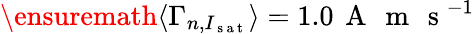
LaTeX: \ensuremath{\langle\Gamma_{n,I_{\mathrm{~s~a~t~}}}\rangle}=1.0\, \mathrm{~A~}\, \mathrm{~m~}\, \mathrm{~s~}^{-1}